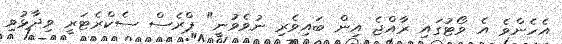
އެހެންވެ އެ ވޯޓުގައި ރާއްޖެ އިން ބައިވެރި ނުވެވުނީ" ޕްރެސް ސެކްރެޓަރީ ވިދާޅުވި